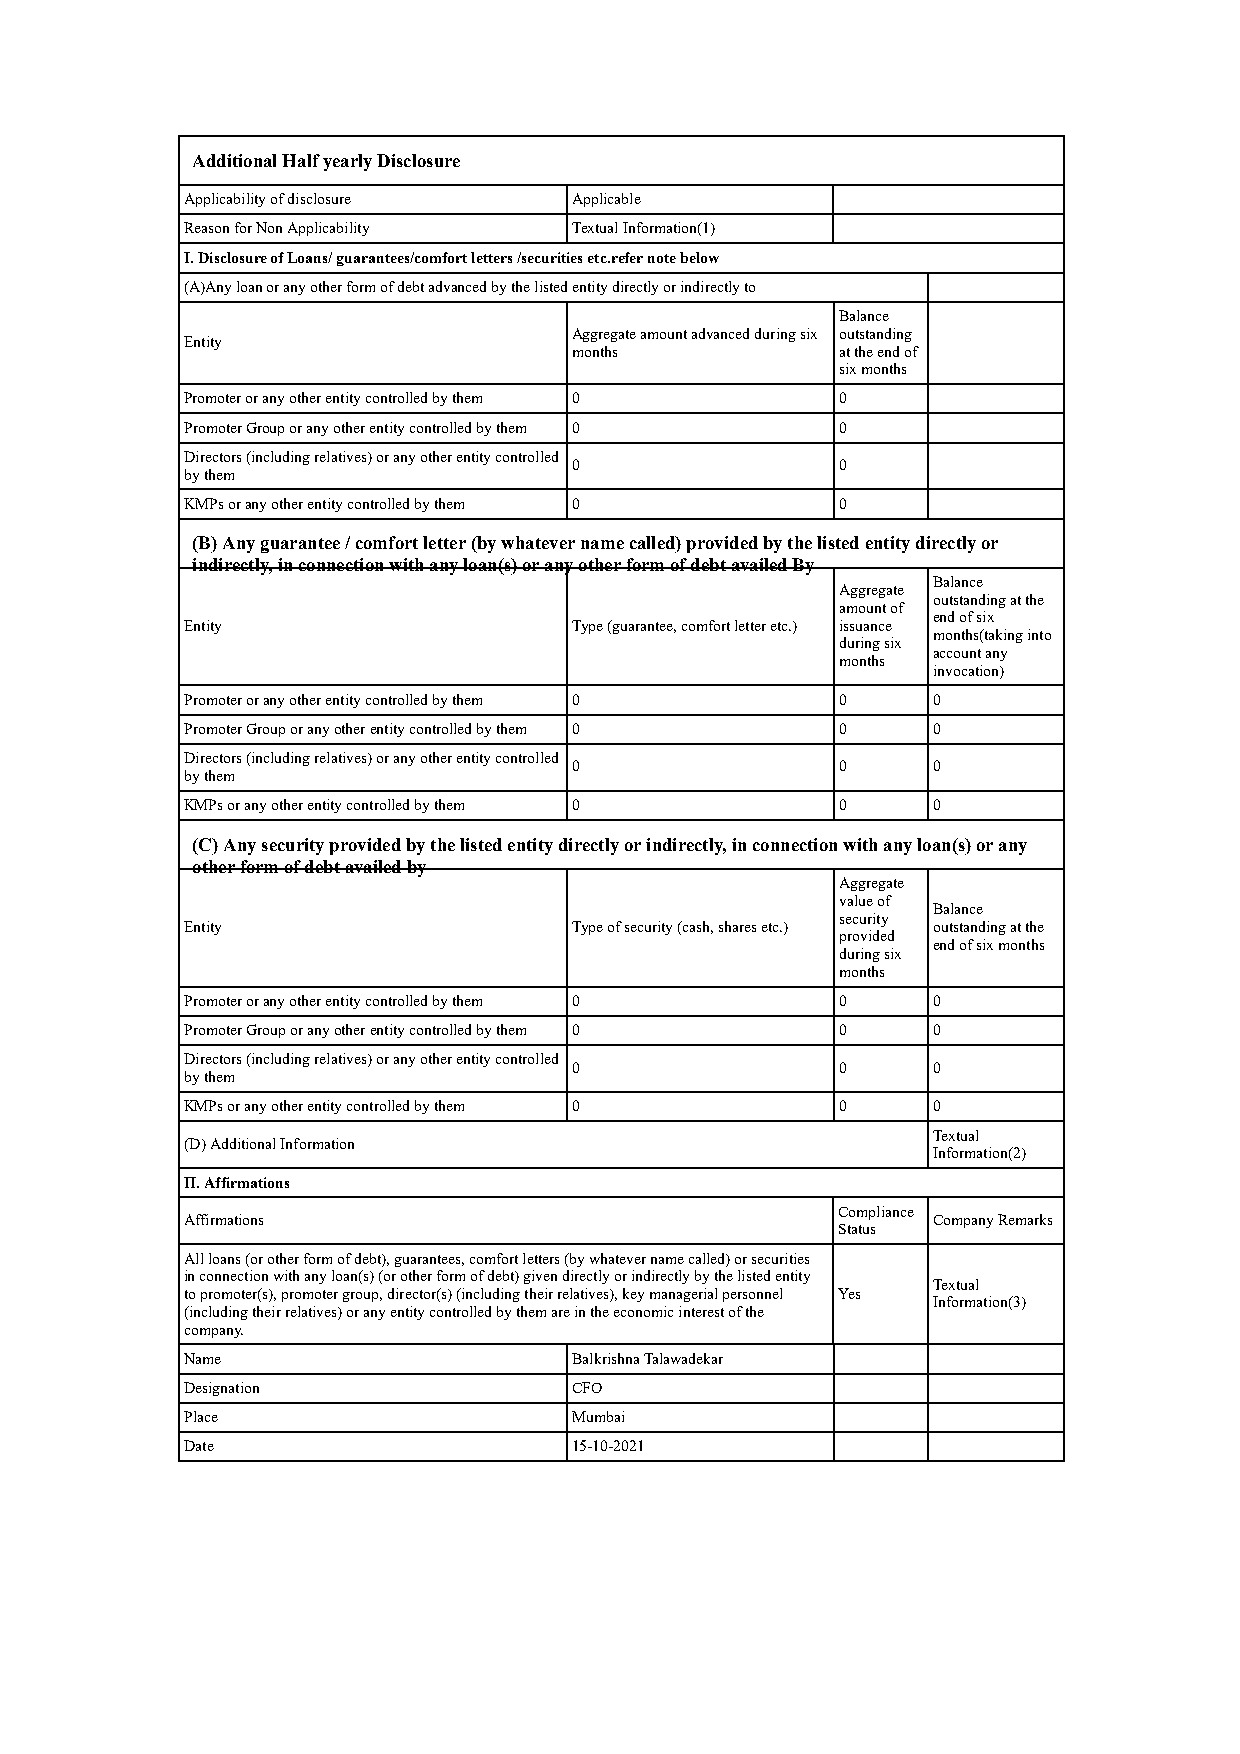
Additional Half yearly Disclosure
 Applicability of disclosure Applicable
 Reason for Non Applicability Textual Information(1)
 I. Disclosure of Loans/ guarantees/comfort letters /securities etc.refer note below
 (A)Any loan or any other form of debt advanced by the listed entity directly or indirectly to
 Balance
 Aggregate amount advanced during six outstanding
 Entity
 months            at the end of
 six months
 Promoter or any other entity controlled by them 0 0
 Promoter Group or any other entity controlled by them 0 0
 Directors (including relatives) or any other entity controlled
 0                 0
 by them
 KMPs or any other entity controlled by them 0 0
 (B) Any guarantee / comfort letter (by whatever name called) provided by the listed entity directly or
 indirectly, in connection with any loan(s) or any other form of debt availed By
 Balance
 Aggregate
 outstanding at the
 amount of
 end of six
 Entity                    Type (guarantee, comfort letter etc.) issuance
 months(taking into
 during six
 account any
 months
 invocation)
 Promoter or any other entity controlled by them 0 0 0
 Promoter Group or any other entity controlled by them 0 0 0
 Directors (including relatives) or any other entity controlled
 0                 0     0
 by them
 KMPs or any other entity controlled by them 0 0   0
 (C) Any security provided by the listed entity directly or indirectly, in connection with any loan(s) or any
 other form of debt availed by
 Aggregate
 value of
 Balance
 security
 Entity                    Type of security (cash, shares etc.) outstanding at the
 provided
 end of six months
 during six
 months
 Promoter or any other entity controlled by them 0 0 0
 Promoter Group or any other entity controlled by them 0 0 0
 Directors (including relatives) or any other entity controlled
 0                 0     0
 by them
 KMPs or any other entity controlled by them 0 0   0
 Textual
 (D) Additional Information
 Information(2)
 II. Affirmations
 Compliance
 Affirmations                                      Company Remarks
 Status
 All loans (or other form of debt), guarantees, comfort letters (by whatever name called) or securities
 in connection with any loan(s) (or other form of debt) given directly or indirectly by the listed entity
 Textual
 to promoter(s), promoter group, director(s) (including their relatives), key managerial personnel Yes
 Information(3)
 (including their relatives) or any entity controlled by them are in the economic interest of the
 company.
 Name                      Balkrishna Talawadekar
 Designation               CFO
 Place                     Mumbai
 Date                      15-10-2021